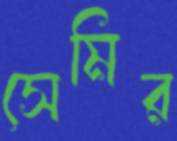
সেমির